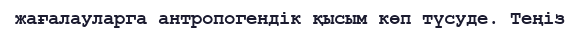
жағалауларга антропогендік қысым көп түсуде. Теңіз